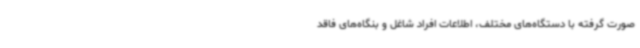
صورت گرفته با دستگاه‌های مختلف، اطلاعات افراد شاغل و بنگاه‌های فاقد